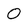
Character: 0